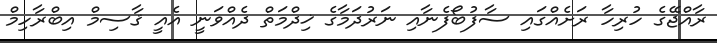
ރާއްޖޭގެ ހުރިހާ ރަށެއްގައި ސާފުބޯފެނާއި ނަރުދަމާގެ ޚިދްމަތް ދެއްވަނީ އެއީ ޤާސިމް އިބްރާހިމް